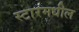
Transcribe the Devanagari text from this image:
स्टारमधील